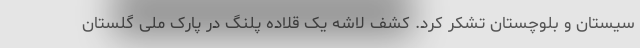
سیستان و بلوچستان تشکر کرد. کشف لاشه یک قلاده پلنگ در پارک ملی گلستان